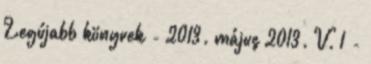
Legújabb könyvek - 2013. május 2013. V. 1 -